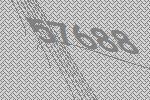
57688